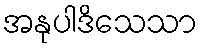
အနုပါဒိသေသာ